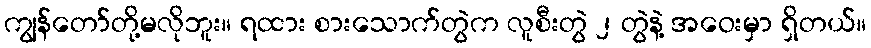
ကျွန်တော်တို့မလိုဘူး။ ရထား စားသောက်တွဲက လူစီးတွဲ ၂ တွဲနဲ့ အဝေးမှာ ရှိတယ်။